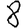
Digit: 8